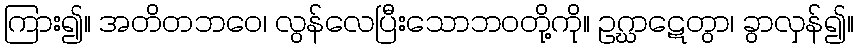
ကြား၍။ အတိတဘဝေ၊ လွန်လေပြီးသောဘဝတို့ကို။ ဥဂ္ဃာဋေတွာ၊ ခွာလှန်၍။